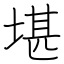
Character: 堪